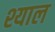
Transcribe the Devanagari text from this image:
श्याल